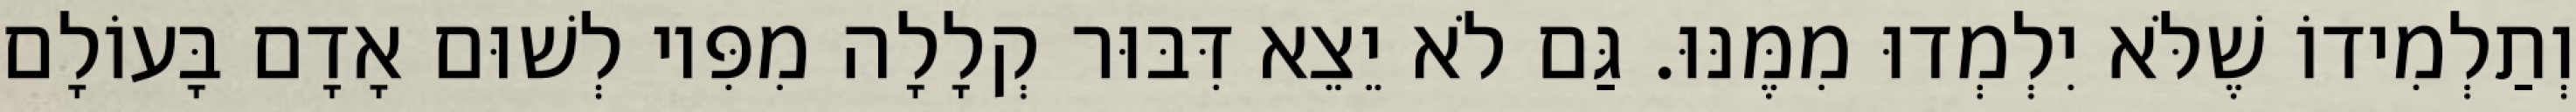
וְתַלְמִידוֹ שֶׁלֹּא יִלְמְדוּ מִמֶּנּוּ. גַּם לֹא יֵצֵא דִּבּוּר קְלָלָה מִפִּיו לְשׁוּם אָדָם בָּעוֹלָם